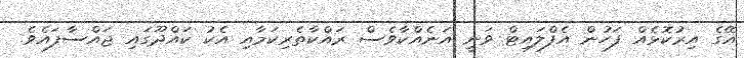
އޭގެ އިރުކޮޅެއް ފަހުން އެފްލައިޓް ވަނީ އަނެއްކާވެސް ރައްކާތެރިކަމާއި އެކު ކައްދޫގައި ޖައްސާފައެވެ.